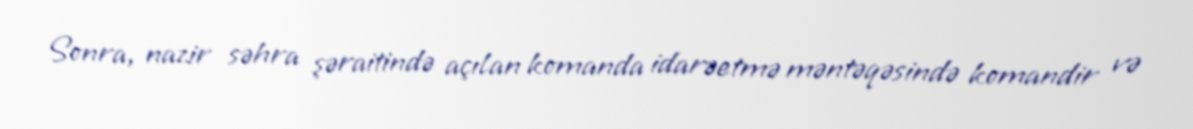
Sonra, nazir səhra şəraitində açılan komanda idarəetmə məntəqəsində komandir və